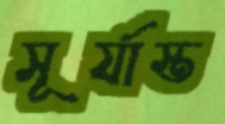
সূর্যাস্ত